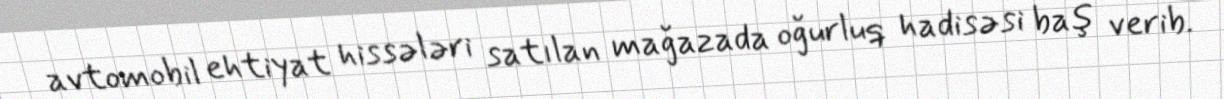
avtomobil ehtiyat hissələri satılan mağazada oğurluq hadisəsi baş verib.